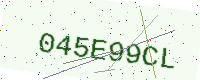
Text: 045E99CL